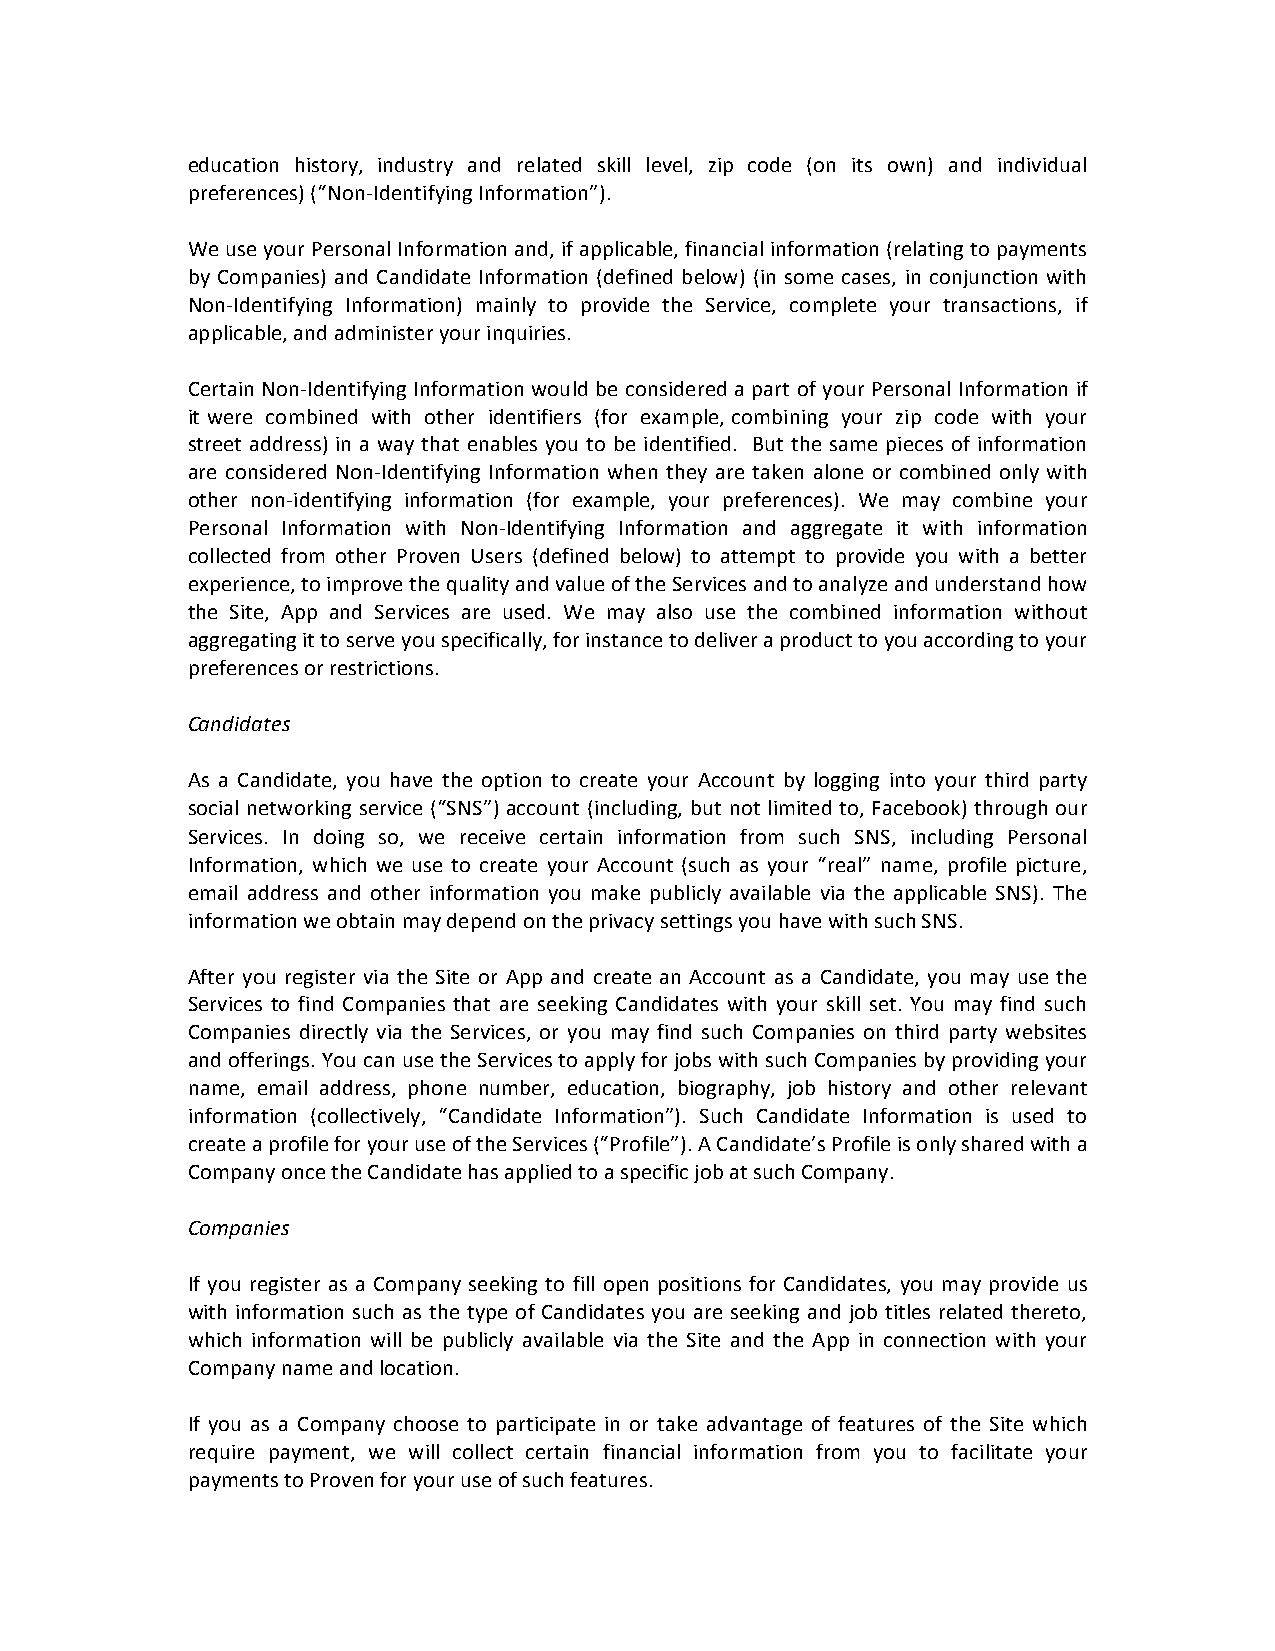
education history, industry and related skill level, zip code (on its own) and individual
 preferences) (“Non-­‐Identifying Information”).
 We use your Personal Information and, if applicable, financial information (relating to payments
 by Companies) and Candidate Information (defined below) (in some cases, in conjunction with
 Non-­‐Identifying Information) mainly to provide the Service, complete your transactions, if
 applicable, and administer your inquiries.
 Certain Non-­‐Identifying Information would be considered a part of your Personal Information if
 it were combined with other identifiers (for example, combining your zip code with your
 street address) in a way that enables you to be identified. But the same pieces of information
 are considered Non-­‐Identifying Information when they are taken alone or combined only with
 other non-­‐identifying information (for example, your preferences). We may combine your
 Personal Information with Non-­‐Identifying Information and aggregate it with information
 collected from other Proven Users (defined below) to attempt to provide you with a better
 experience, to improve the quality and value of the Services and to analyze and understand how
 the Site, App and Services are used. We may also use the combined information without
 aggregating it to serve you specifically, for instance to deliver a product to you according to your
 preferences or restrictions.
 Candidates
 As a Candidate, you have the option to create your Account by logging into your third party
 social networking service (“SNS”) account (including, but not limited to, Facebook) through our
 Services. In doing so, we receive certain information from such SNS, including Personal
 Information, which we use to create your Account (such as your “real” name, profile picture,
 email address and other information you make publicly available via the applicable SNS). The
 information we obtain may depend on the privacy settings you have with such SNS.
 After you register via the Site or App and create an Account as a Candidate, you may use the
 Services to find Companies that are seeking Candidates with your skill set. You may find such
 Companies directly via the Services, or you may find such Companies on third party websites
 and offerings. You can use the Services to apply for jobs with such Companies by providing your
 name, email address, phone number, education, biography, job history and other relevant
 information (collectively, “Candidate Information”). Such Candidate Information is used to
 create a profile for your use of the Services (“Profile”). A Candidate’s Profile is only shared with a
 Company once the Candidate has applied to a specific job at such Company.
 Companies
 If you register as a Company seeking to fill open positions for Candidates, you may provide us
 with information such as the type of Candidates you are seeking and job titles related thereto,
 which information will be publicly available via the Site and the App in connection with your
 Company name and location.
 If you as a Company choose to participate in or take advantage of features of the Site which
 require payment, we will collect certain financial information from you to facilitate your
 payments to Proven for your use of such features.